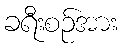
ခရီးစဉ်အား